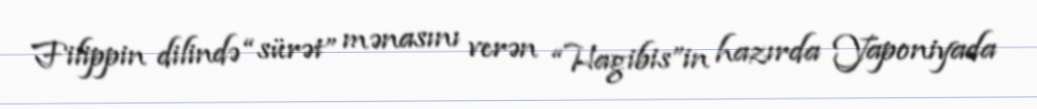
Filippin dilində “sürət” mənasını verən “Hagibis”in hazırda Yaponiyada